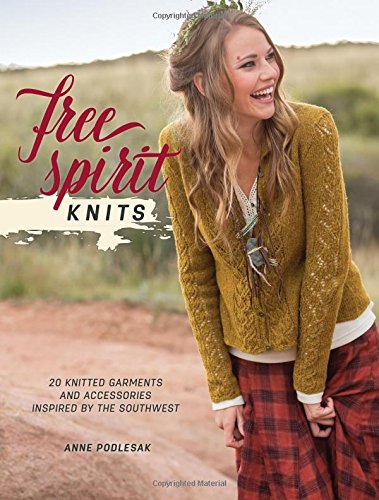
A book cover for Free Spirit Knits: 20 Knitted Garments and Accessories Inspired by the Southwest; Anne Podlesak; Crafts, Hobbies & Home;